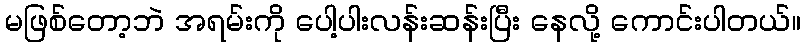
မဖြစ်တော့ဘဲ အရမ်းကို ပေါ့ပါးလန်းဆန်းပြီး နေလို့ ကောင်းပါတယ်။